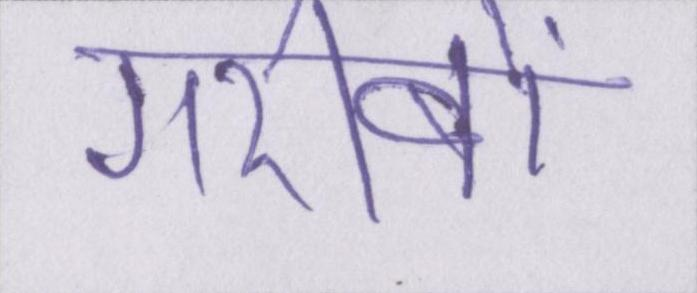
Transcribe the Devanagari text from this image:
गरीबों